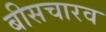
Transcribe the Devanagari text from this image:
बीसचारव